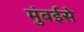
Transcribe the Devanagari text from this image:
मुंबईसे